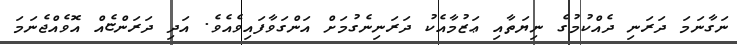
ނަގާނަމަ ދަރަނި ދެއްކުމުގެ ނިޔަތާއި ޢަޒުމާއެކު ދަރަނިނެގުމަށް އަންގަވާފައިވެއެވެ. އަދި ދަރަންޏެއް އޮވެއްޖެނަމަ